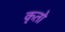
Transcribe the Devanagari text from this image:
कृतो